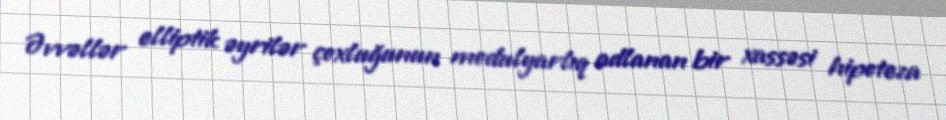
Əvvəllər elliptik əyrilər çoxluğunun modulyarlıq adlanan bir xassəsi hipoteza